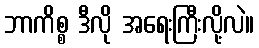
ဘာကိစ္စ ဒီလို အရေးကြီးလို့လဲ။